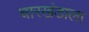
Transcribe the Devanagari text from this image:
चारखंडाला